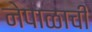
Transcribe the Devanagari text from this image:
नेपाळाची